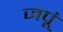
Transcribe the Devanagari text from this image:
जपूं